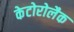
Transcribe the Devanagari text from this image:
केटोरोलैक